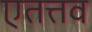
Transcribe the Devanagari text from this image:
एतत्तव